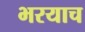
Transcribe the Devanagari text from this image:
भरयाच